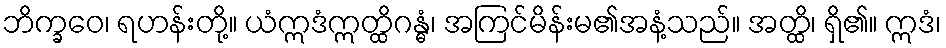
ဘိက္ခဝေ၊ ရဟန်းတို့။ ယံဣဒံဣတ္ထိဂန္ဓံ၊ အကြင်မိန်းမ၏အနံ့သည်။ အတ္ထိ၊ ရှိ၏။ ဣဒံ၊